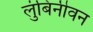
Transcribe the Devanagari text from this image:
लुंबिनीवन